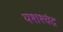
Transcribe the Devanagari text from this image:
यशश्चंद्र